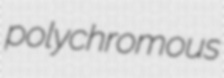
polychromous